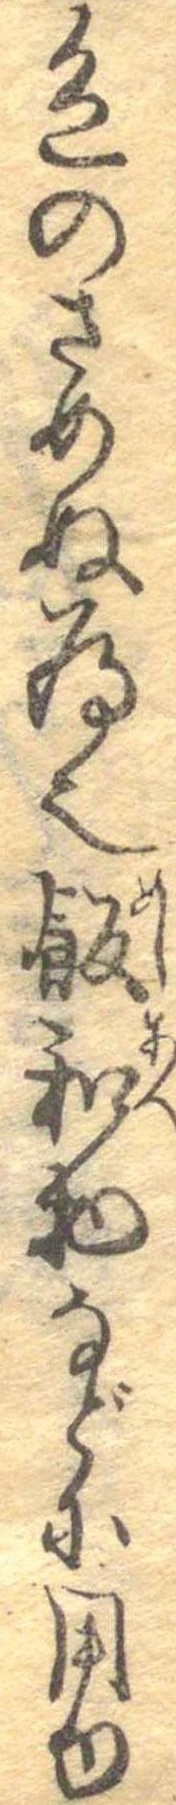
色のさめぬ為也飯和物などに用ゆ